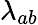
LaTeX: \lambda_{ab}